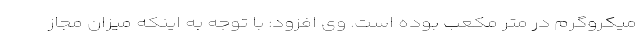
میکروگرم در متر مکعب بوده است. وی افزود: با توجه به اینکه میزان مجاز